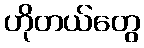
ဟိုတယ်တွေ